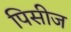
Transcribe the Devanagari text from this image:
पिसीज